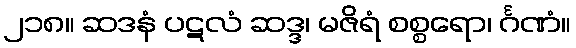
၂၁၈။ ဆဒနံ ပဋလံ ဆဒ္ဒ၊ မဇိရံ စစ္စရော၊ င်္ဂဏံ။